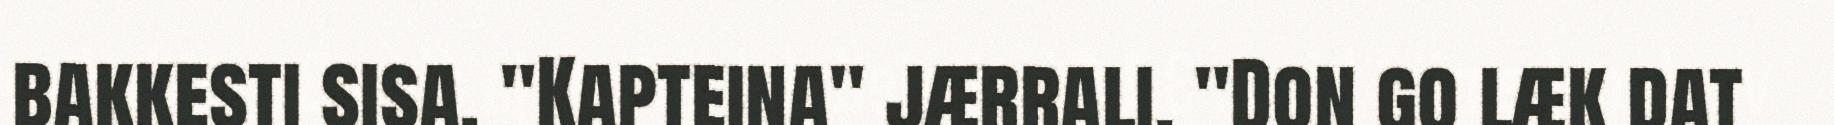
bakkesti sisa. "Kapteina" jærrali. "Don go læk dat